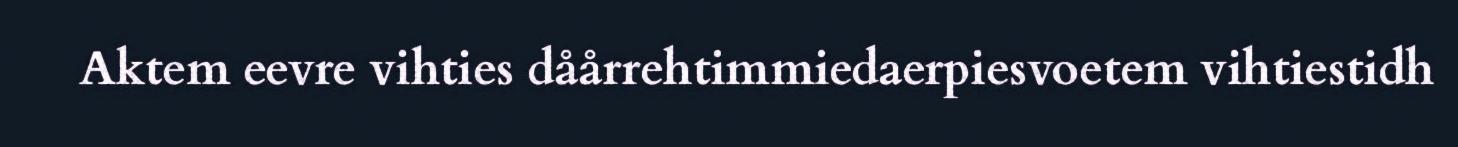
Aktem eevre vihties dåårrehtimmiedaerpiesvoetem vihtiestidh